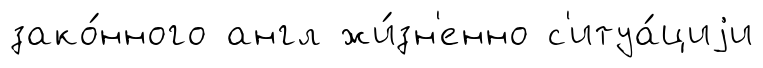
зако́нного англ жи́зн'енно с'итуа́циjи